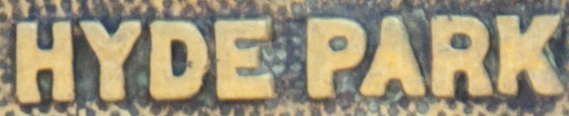
HYDE PARK